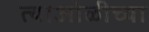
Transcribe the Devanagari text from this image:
त्याओळीच्या